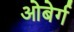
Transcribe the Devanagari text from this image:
ओबेर्ग